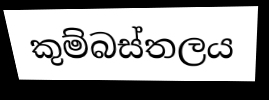
කුම්බස්තලය